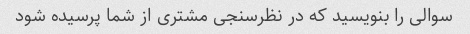
سوالی را بنویسید که در نظرسنجی مشتری از شما پرسیده شود